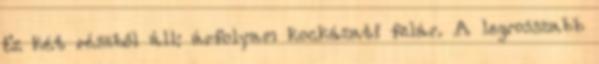
Ez két részből áll: árfolyam kockázati felár. A legrosszabb